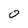
Character: 0